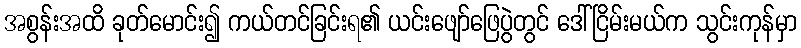
အစွန်းအထိ ခုတ်မောင်း၍ ကယ်တင်ခြင်းရ၏ ယင်းဖျော်ဖြေပွဲတွင် ဒေါ်ငြိမ်းမယ်က သွင်းကုန်မှာ